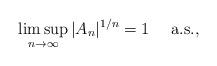
LaTeX: \begin{align*} \limsup_{n\to\infty} |A_n|^{1/n} = 1 \quad\mbox{ a.s.},\end{align*}